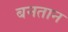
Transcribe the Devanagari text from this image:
बनतान